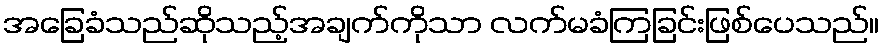
အခြေခံသည်ဆိုသည့်အချက်ကိုသာ လက်မခံကြခြင်းဖြစ်ပေသည်။